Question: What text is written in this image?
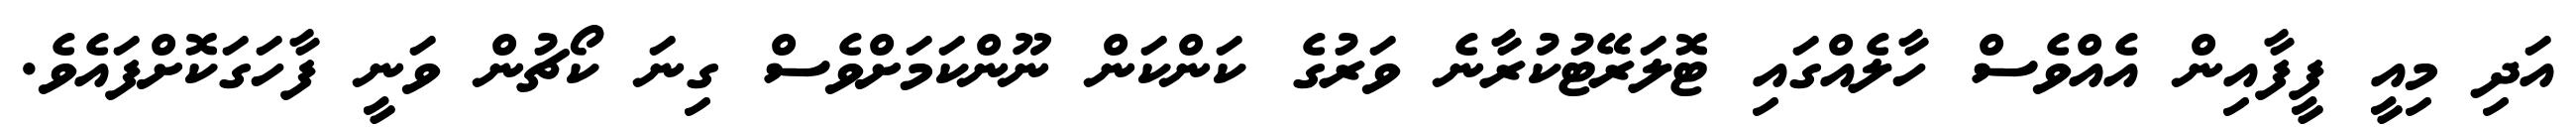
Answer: އަދި މިއީ ފީފާއިން އެއްވެސް ހާލެއްގައި ޓޮލަރޭޓުކުރާނެ ވަރުގެ ކަންކަން ނޫންކަމަށްވެސް ގިނަ ކޯޗުން ވަނީ ފާހަގަކޮށްފައެވެ.